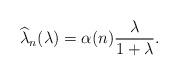
LaTeX: \begin{align*} \widehat{\lambda}_{n}(\lambda)=\alpha(n)\frac{\lambda}{1+\lambda}.\end{align*}